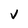
Character: v